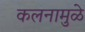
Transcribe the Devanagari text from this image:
कलनामुळे